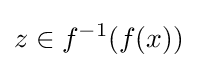
z\in f^{-1}(f(x))